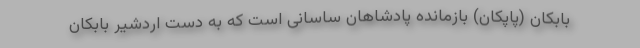
بابکان (پاپکان) بازمانده‌ پادشاهان ساسانی است که به دست اردشیر بابکان